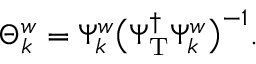
\Theta _ { k } ^ { w } = \Psi _ { k } ^ { w } \big ( \Psi _ { \mathrm { T } } ^ { \dagger } \Psi _ { k } ^ { w } \big ) ^ { - 1 } .